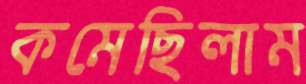
কমেছিলাম